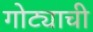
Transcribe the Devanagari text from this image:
गोट्याची